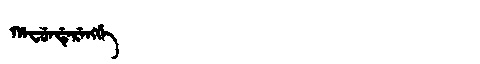
Manchu: ᡥᠠᠸᡠᠨᡩᡝᡵᡝᠩᡤᡝ
Romanization: HAFUNDERENGGE